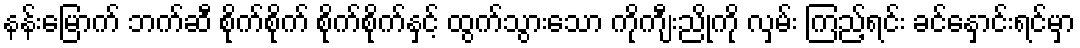
နန်းမြောက် ဘက်ဆီ စိုက်စိုက် စိုက်စိုက်နှင့် ထွက်သွားသော ကိုကျီးညိုကို လှမ်း ကြည့်ရင်း ခင်နှောင်းရင်မှာ